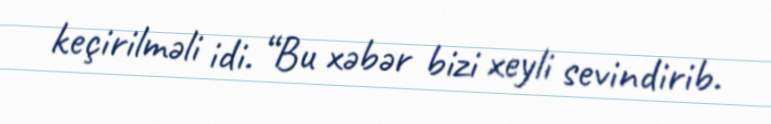
keçirilməli idi. “Bu xəbər bizi xeyli sevindirib.